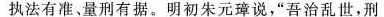
执法有准、量刑有据。明初朱元璋说，”吾治乱世，刑